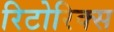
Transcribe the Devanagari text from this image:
रिटोरिक्स